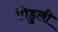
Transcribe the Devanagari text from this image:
पिडुली